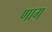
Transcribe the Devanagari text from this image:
णाग